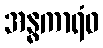
အန္ဓကာရံဝ